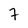
Character: 7